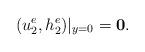
LaTeX: \begin{align*}(u_2^e,h_2^e)|_{y=0}=\mathbf{0}.\end{align*}